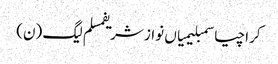
کراچیاسمبلیمیاں نواز شریفمسلم لیگ (ن)